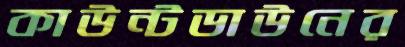
কাউন্টডাউনের